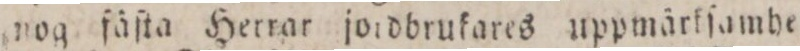
???og fäſta Herrar joidbrukares uppmärkſamhet